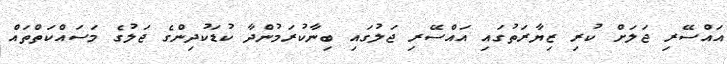
އައްސޭރި ޖަލަށް ކުރި ޒިޔާރަތުގައި އައްސޭރި ޖަލުގައި ބިނާކުރަމުންދާ ކުޑަކުދިންގެ ޖަލުގެ މަސައްކަތްތައް